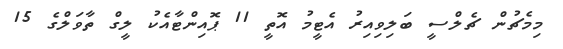
މިމެޗުން ޗެލްސީ ބަލިވިއިރު އެޓީމު އޮތީ 11 ޕޮއިންޓާއެކު ލީގް ތާވަލްގެ 15